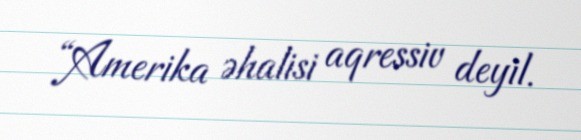
“Amerika əhalisi aqressiv deyil.